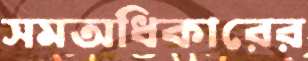
সমঅধিকারের